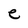
Character: e